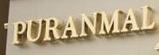
puranamal